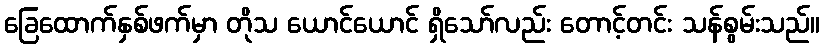
ခြေထောက်နှစ်ဖက်မှာ တိုသ ယောင်ယောင် ရှိသော်လည်း တောင့်တင်း သန်စွမ်းသည်။